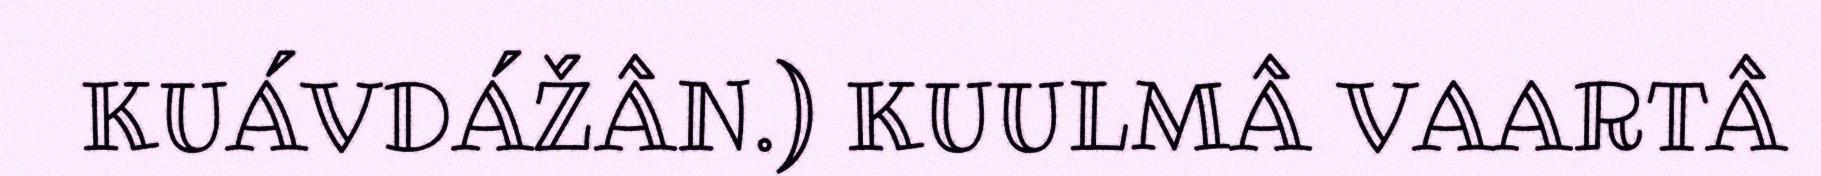
KUÁVDÁŽÂN.) KUULMÂ VAARTÂ